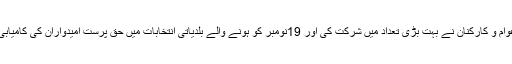
کارنر میٹنگوں میں میں حق پرست عوام و کارکنان نے بہت بڑی تعداد میں شرکت کی اور 19نومبر کو ہونے والے بلدیاتی انتخابات میں حق پرست امیدواران کی کامیابی کیلئے بھر پور تعاون کا یقین دلایا ۔